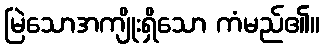
မြဲသောအကျိုးရှိသော ကံမည်၏။